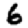
Digit: 6